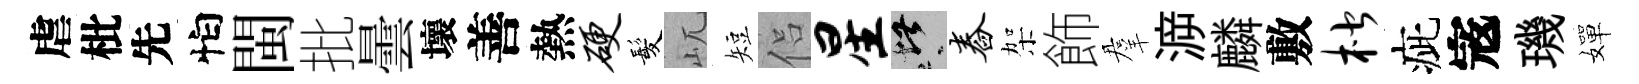
虐枇先怕閩批曇壞善熱硬髪屼短侣星堪舂架飾羣㴑麟敷楷疵𡨥璣嬋